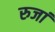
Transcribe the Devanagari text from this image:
रुजां